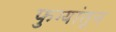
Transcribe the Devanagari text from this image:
फुग्यांतून